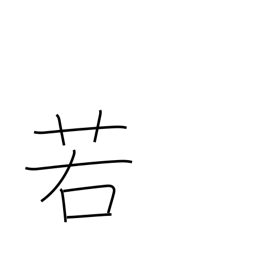
Meaning: perhaps